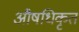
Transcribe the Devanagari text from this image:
औषधिकृत